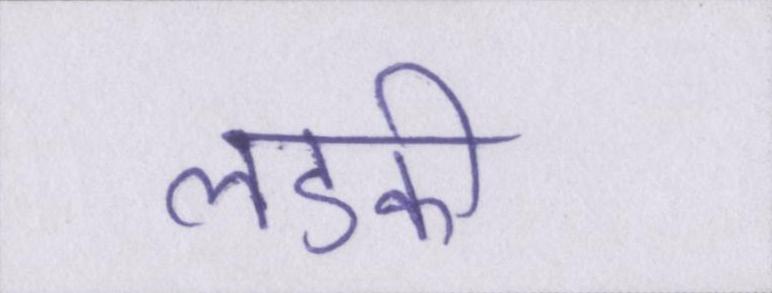
लडकी